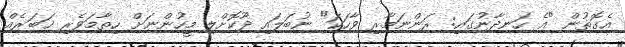
އެގޮތުން "އެ ހަނދާނުގައި: ރަންނަމާރި ވާހަކަ" ނުބަލައި ދޫކޮށްލި މީހުންނަށް ހިތާމަވެރި ޚަބަރެއް